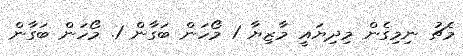
މެޗު ނިމިގެން މިދިޔައީ މާޒިޔާ 1 މޯހަން ބަގާން 1. މޯހަން ބަގާން